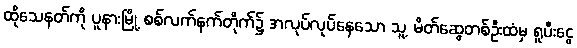
ထိုသေနတ်ကို ပူနားမြို့ စစ်လက်နက်တိုက်၌ အလုပ်လုပ်နေသော သူ့ မိတ်ဆွေတစ်ဦးထံမှ ရူပီးငွေ